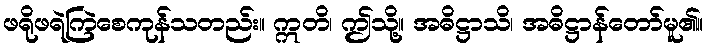
ဖရိုဖရဲကြဲစေကုန်သတည်း။ ဣတိ၊ ဤသို့။ အဓိဋ္ဌာသိ၊ အဓိဋ္ဌာန်တော်မူ၏။